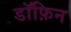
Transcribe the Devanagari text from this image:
डॉफ़िन